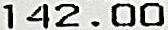
142.00